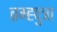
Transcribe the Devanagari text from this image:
ब्रम्ह्पुत्रा